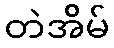
တဲအိမ်